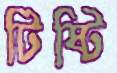
টিষ্টি